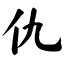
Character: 仇